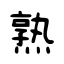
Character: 熟